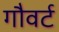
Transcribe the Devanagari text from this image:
गौवर्ट